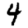
Digit: 4